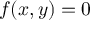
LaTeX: f ( x , y ) = 0 \,